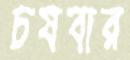
চষবার